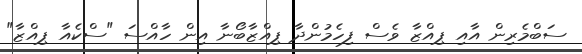
ސަބްމެރިން އާއި ޕިއްޒާ ވެސް ފިހެމުންދާ ޕިއްޒާބޯނާ އިން ހާއްސަ "ސްކެއާ ޕިއްޒާ"